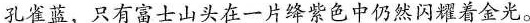
孔雀蓝，只有富士山头在一片绛紫色中仍然闪耀着金光。